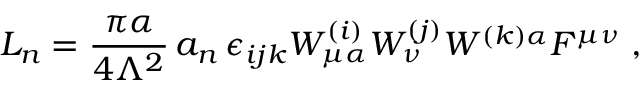
{ \cal L } _ { n } = \frac { \pi \alpha } { 4 \Lambda ^ { 2 } } \, a _ { n } \, \epsilon _ { i j k } W _ { \mu \alpha } ^ { ( i ) } W _ { \nu } ^ { ( j ) } W ^ { ( k ) \alpha } F ^ { \mu \nu } \; ,